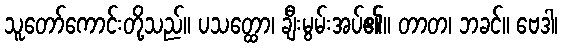
သူတော်ကောင်းတို့သည်။ ပသတ္ထော၊ ချီးမွမ်းအပ်၏။ တာတ၊ ဘခင်။ ဗေဒါ၊